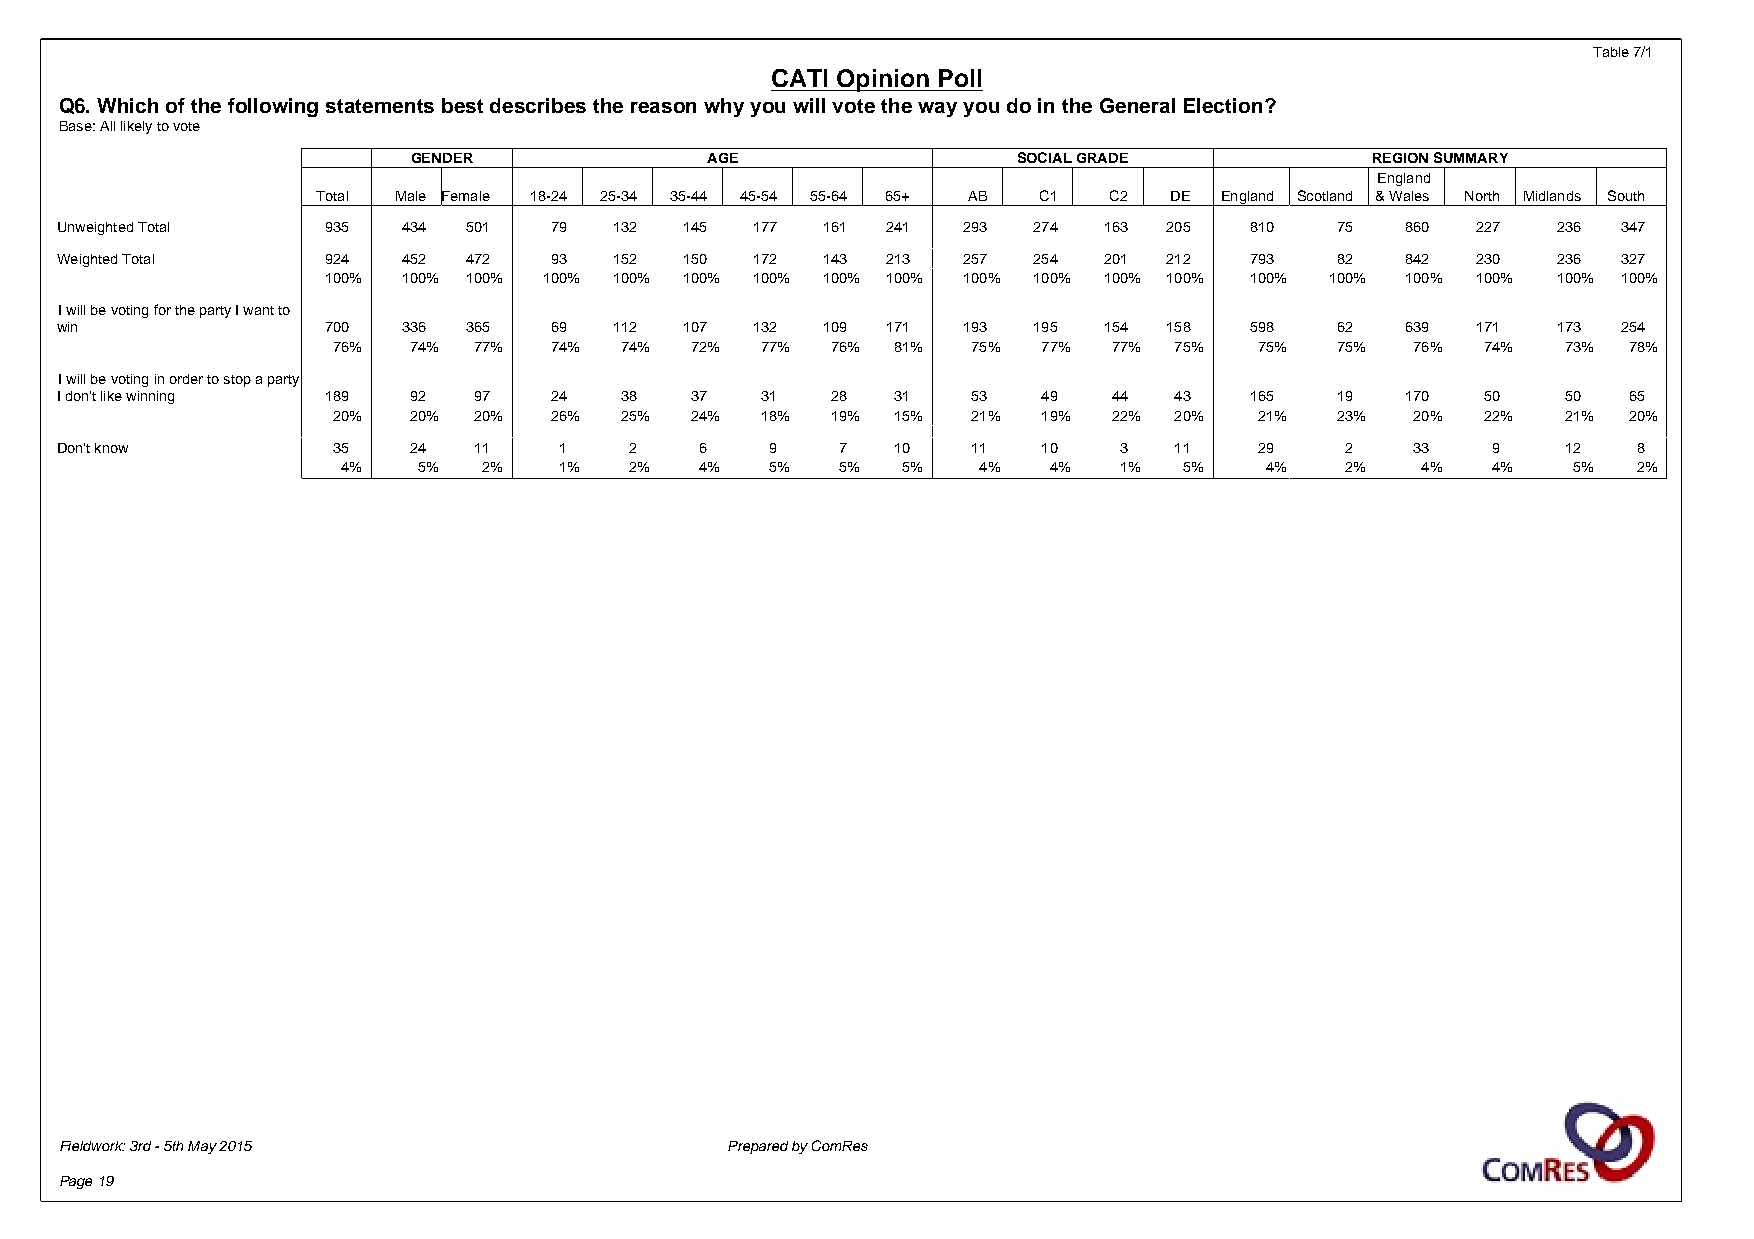
Table 7/1
 CATI Opinion Poll
 Q6. Which of the following statements best describes the reason why you will vote the way you do in the General Election?
 Base: All likely to vote
 GENDER              AGE                 SOCIAL GRADE            REGION SUMMARY
 England
 Total Male Female 18-24 25-34 35-44 45-54 55-64 65+ AB C1 C2 DE England Scotland & Wales North Midlands South
 Unweighted Total 935   434 501  79   132 145  177 161  241  293 274  163 205   810   75  860  227  236 347
 Weighted Total   924   452 472  93   152 150  172 143  213  257 254  201 212   793   82  842  230  236 327
 100%  100% 100% 100% 100% 100% 100% 100% 100% 100% 100% 100% 100% 100% 100% 100% 100% 100% 100%
 I will be voting for the party I want to
 win              700   336 365  69   112 107  132 109  171  193 195  154 158   598   62  639  171  173 254
 76%  74% 77%  74%  74%  72% 77%  76% 81%  75%  77%  77% 75%  75%   75%  76% 74%   73% 78%
 I will be voting in order to stop a party
 I don't like winning 189 92 97  24   38   37  31   28  31   53   49   44  43   165   19  170  50    50  65
 20%  20% 20%  26%  25%  24% 18%  19% 15%  21%  19%  22% 20%  21%   23%  20% 22%   21% 20%
 Don't know        35   24  11    1    2   6    9    7  10   11   10   3   11   29    2    33   9    12  8
 4%   5%  2%   1%   2%  4%   5%   5%  5%   4%  4%   1%  5%    4%   2%   4%   4%   5%  2%
 Fieldwork: 3rd - 5th May 2015               Prepared by ComRes
 Page 19